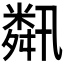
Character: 𦧾